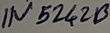
Text: IN5242B